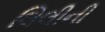
લિલીની